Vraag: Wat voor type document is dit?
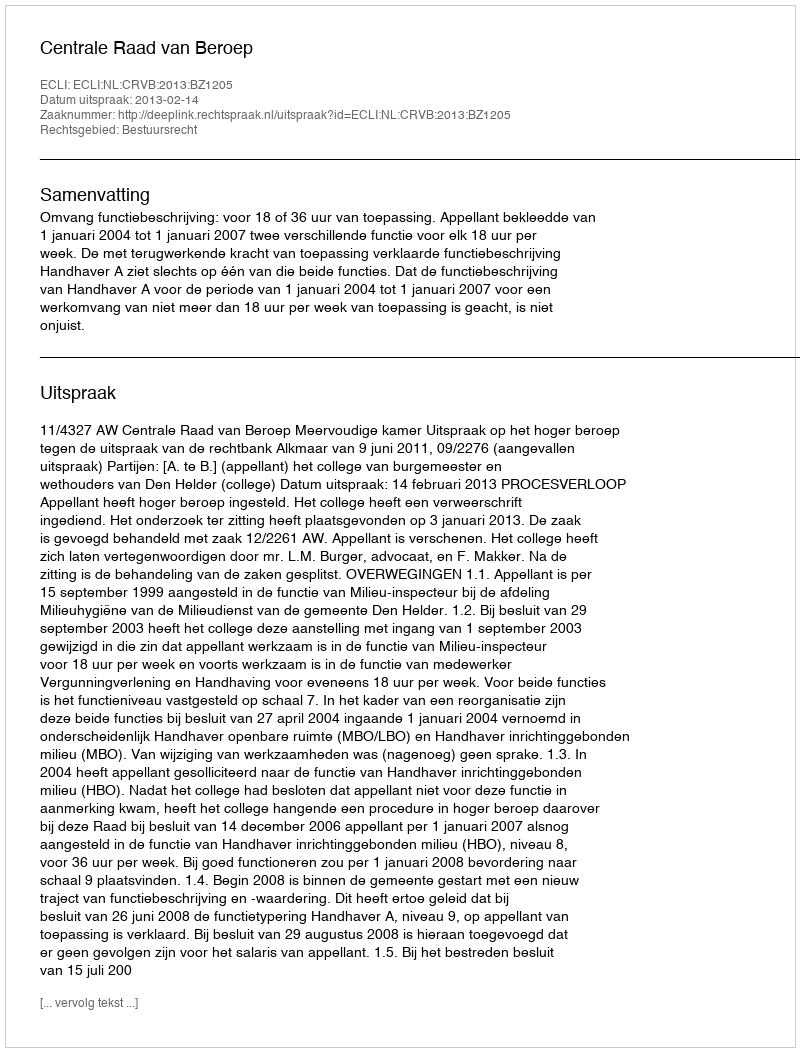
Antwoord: Uitspraak